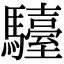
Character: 𩦽